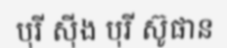
បុរី ស៊ីង បុរី ស៊ូផាន